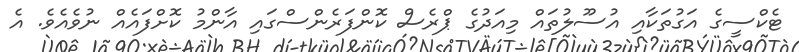
ޓެކްސީގެ އަގުތަކާއި އުސޫލުތައް މިއަދުގެ ޕްރެސް ކޮންފަރެންސްގައި އާންމު ކޮށްފައެއް ނުވެއެވެ. އެ